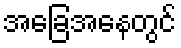
အခြေအနေတွင်